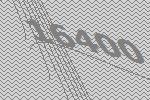
16400